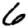
Digit: 6